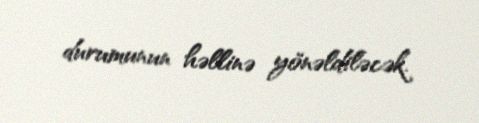
durumunun həllinə yönəldiləcək.